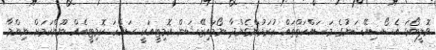
ވޮލީބޯޅަ އެސޯސިއޭޝަނުގެ މަސައްކަތްތައް ކުރަމުންގެންދާ ނޯމައިޒޭޝަން ކޮމިޓީއަކީ ސައްހަ ކޮމިޓީއެއް ނޫންކަމަށް ނިންމާ